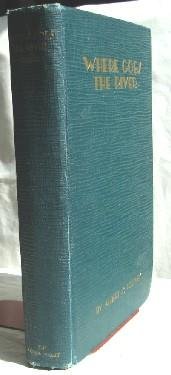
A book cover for Where goes the river,; Albert S Tousley; Travel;